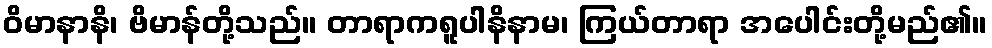
ဝိမာနာနိ၊ ဗိမာန်တို့သည်။ တာရာကရူပါနိနာမ၊ ကြယ်တာရာ အပေါင်းတို့မည်၏။